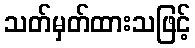
သတ်မှတ်ထားသဖြင့်